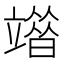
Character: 𥪶